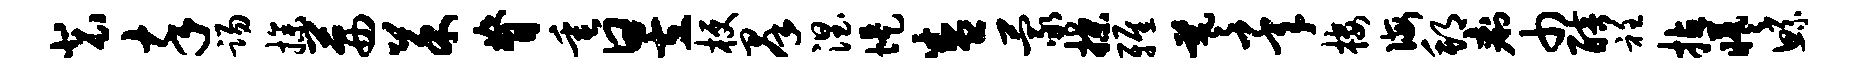
裴卒踢操茜菜脊垂昱梗群涅堤盛蒙揲雅羲承楼诲邦痢巾醅衽拈曦鲧